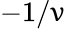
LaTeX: -1/\upnu